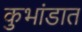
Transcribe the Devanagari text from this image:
कुभांडात